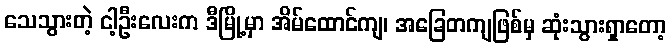
သေသွားတဲ့ ငါ့ဦးလေးက ဒီမြို့မှာ အိမ်ထောင်ကျ၊ အခြေတကျဖြစ်မှ ဆုံးသွားရှာတော့